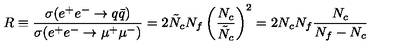
R \equiv \frac { \sigma ( e ^ { + } e ^ { - } \rightarrow q \bar { q } ) } { \sigma ( e ^ { + } e ^ { - } \rightarrow \mu ^ { + } \mu ^ { - } ) } = 2 \tilde { N } _ { c } N _ { f } \left( \frac { N _ { c } } { \tilde { N } _ { c } } \right) ^ { 2 } = 2 N _ { c } N _ { f } \frac { N _ { c } } { N _ { f } - N _ { c } }